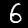
Digit: 6